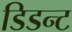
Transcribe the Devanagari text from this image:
डिडन्‍ट